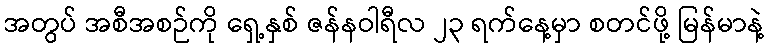
အတွပ် အစီအစဉ်ကို ရှေ့နှစ် ဇန်နဝါရီလ ၂၃ ရက်နေ့မှာ စတင်ဖို့ မြန်မာနဲ့